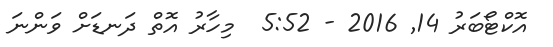
އޮކްޓޯބަރު 14